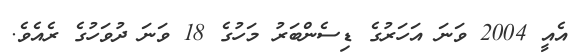
އެއީ 2004 ވަނަ އަހަރުގެ ޑިސެންބަރު މަހުގެ 18 ވަނަ ދުވަހުގެ ރެއެވެ.